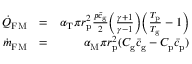
\begin{array} { r l r } { \dot { Q } _ { \mathrm { F M } } } & { = } & { \alpha _ { \mathrm { T } } \pi r _ { \mathrm { p } } ^ { 2 } \frac { p \bar { c } _ { \mathrm { g } } } { 2 } \bigg ( \frac { \gamma + 1 } { \gamma - 1 } \bigg ) \bigg ( \frac { T _ { \mathrm { p } } } { T _ { \mathrm { g } } } - 1 \bigg ) } \\ { \dot { m } _ { \mathrm { F M } } } & { = } & { \alpha _ { \mathrm { M } } \pi r _ { \mathrm { p } } ^ { 2 } ( C _ { \mathrm { g } } \bar { c } _ { \mathrm { g } } - C _ { \mathrm { p } } \bar { c } _ { \mathrm { p } } ) } \end{array}